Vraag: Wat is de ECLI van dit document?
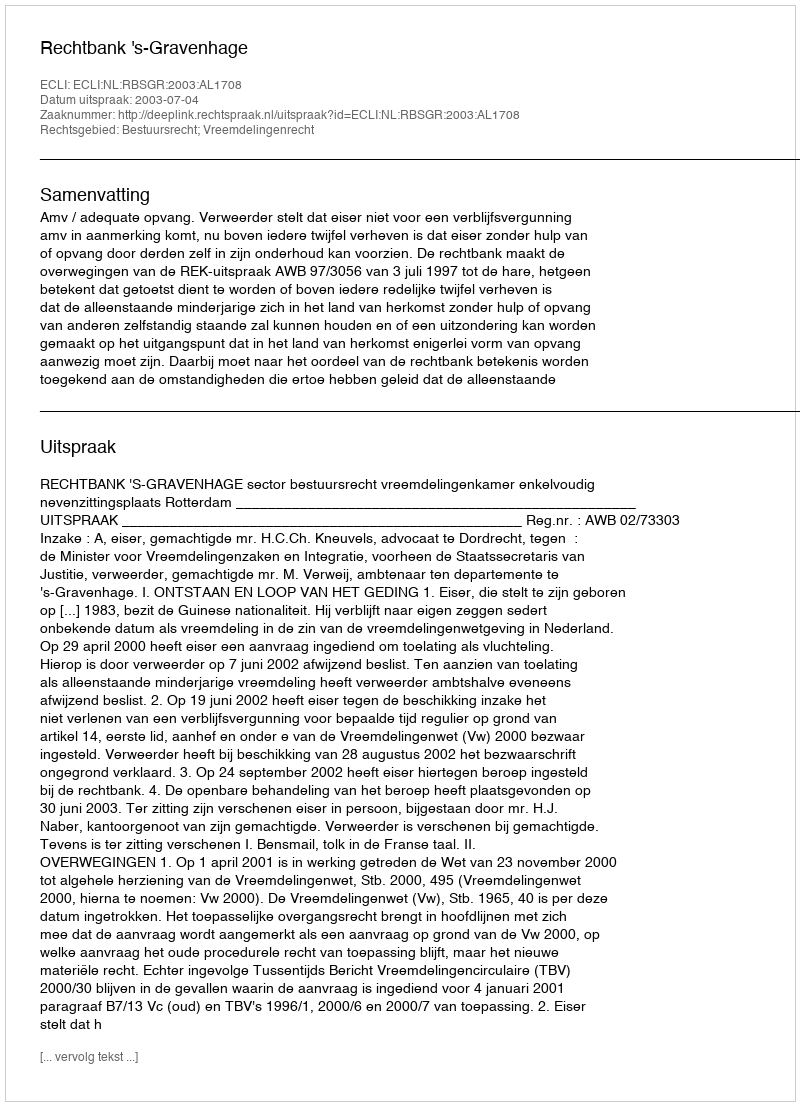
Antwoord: ECLI:NL:RBSGR:2003:AL1708